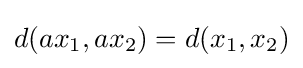
d(ax_{1},ax_{2})=d(x_{1},x_{2})